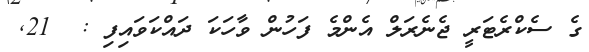
ގެ ސެކްރެޓަރީ ޖެނެރަލް އެންމެ ފަހުން ވާހަކަ ދައްކަވައިފި :  21